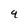
Character: 9